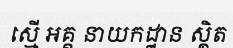
ស្មើ អគ្គ នាយកដ្ឋាន ស្ថិត